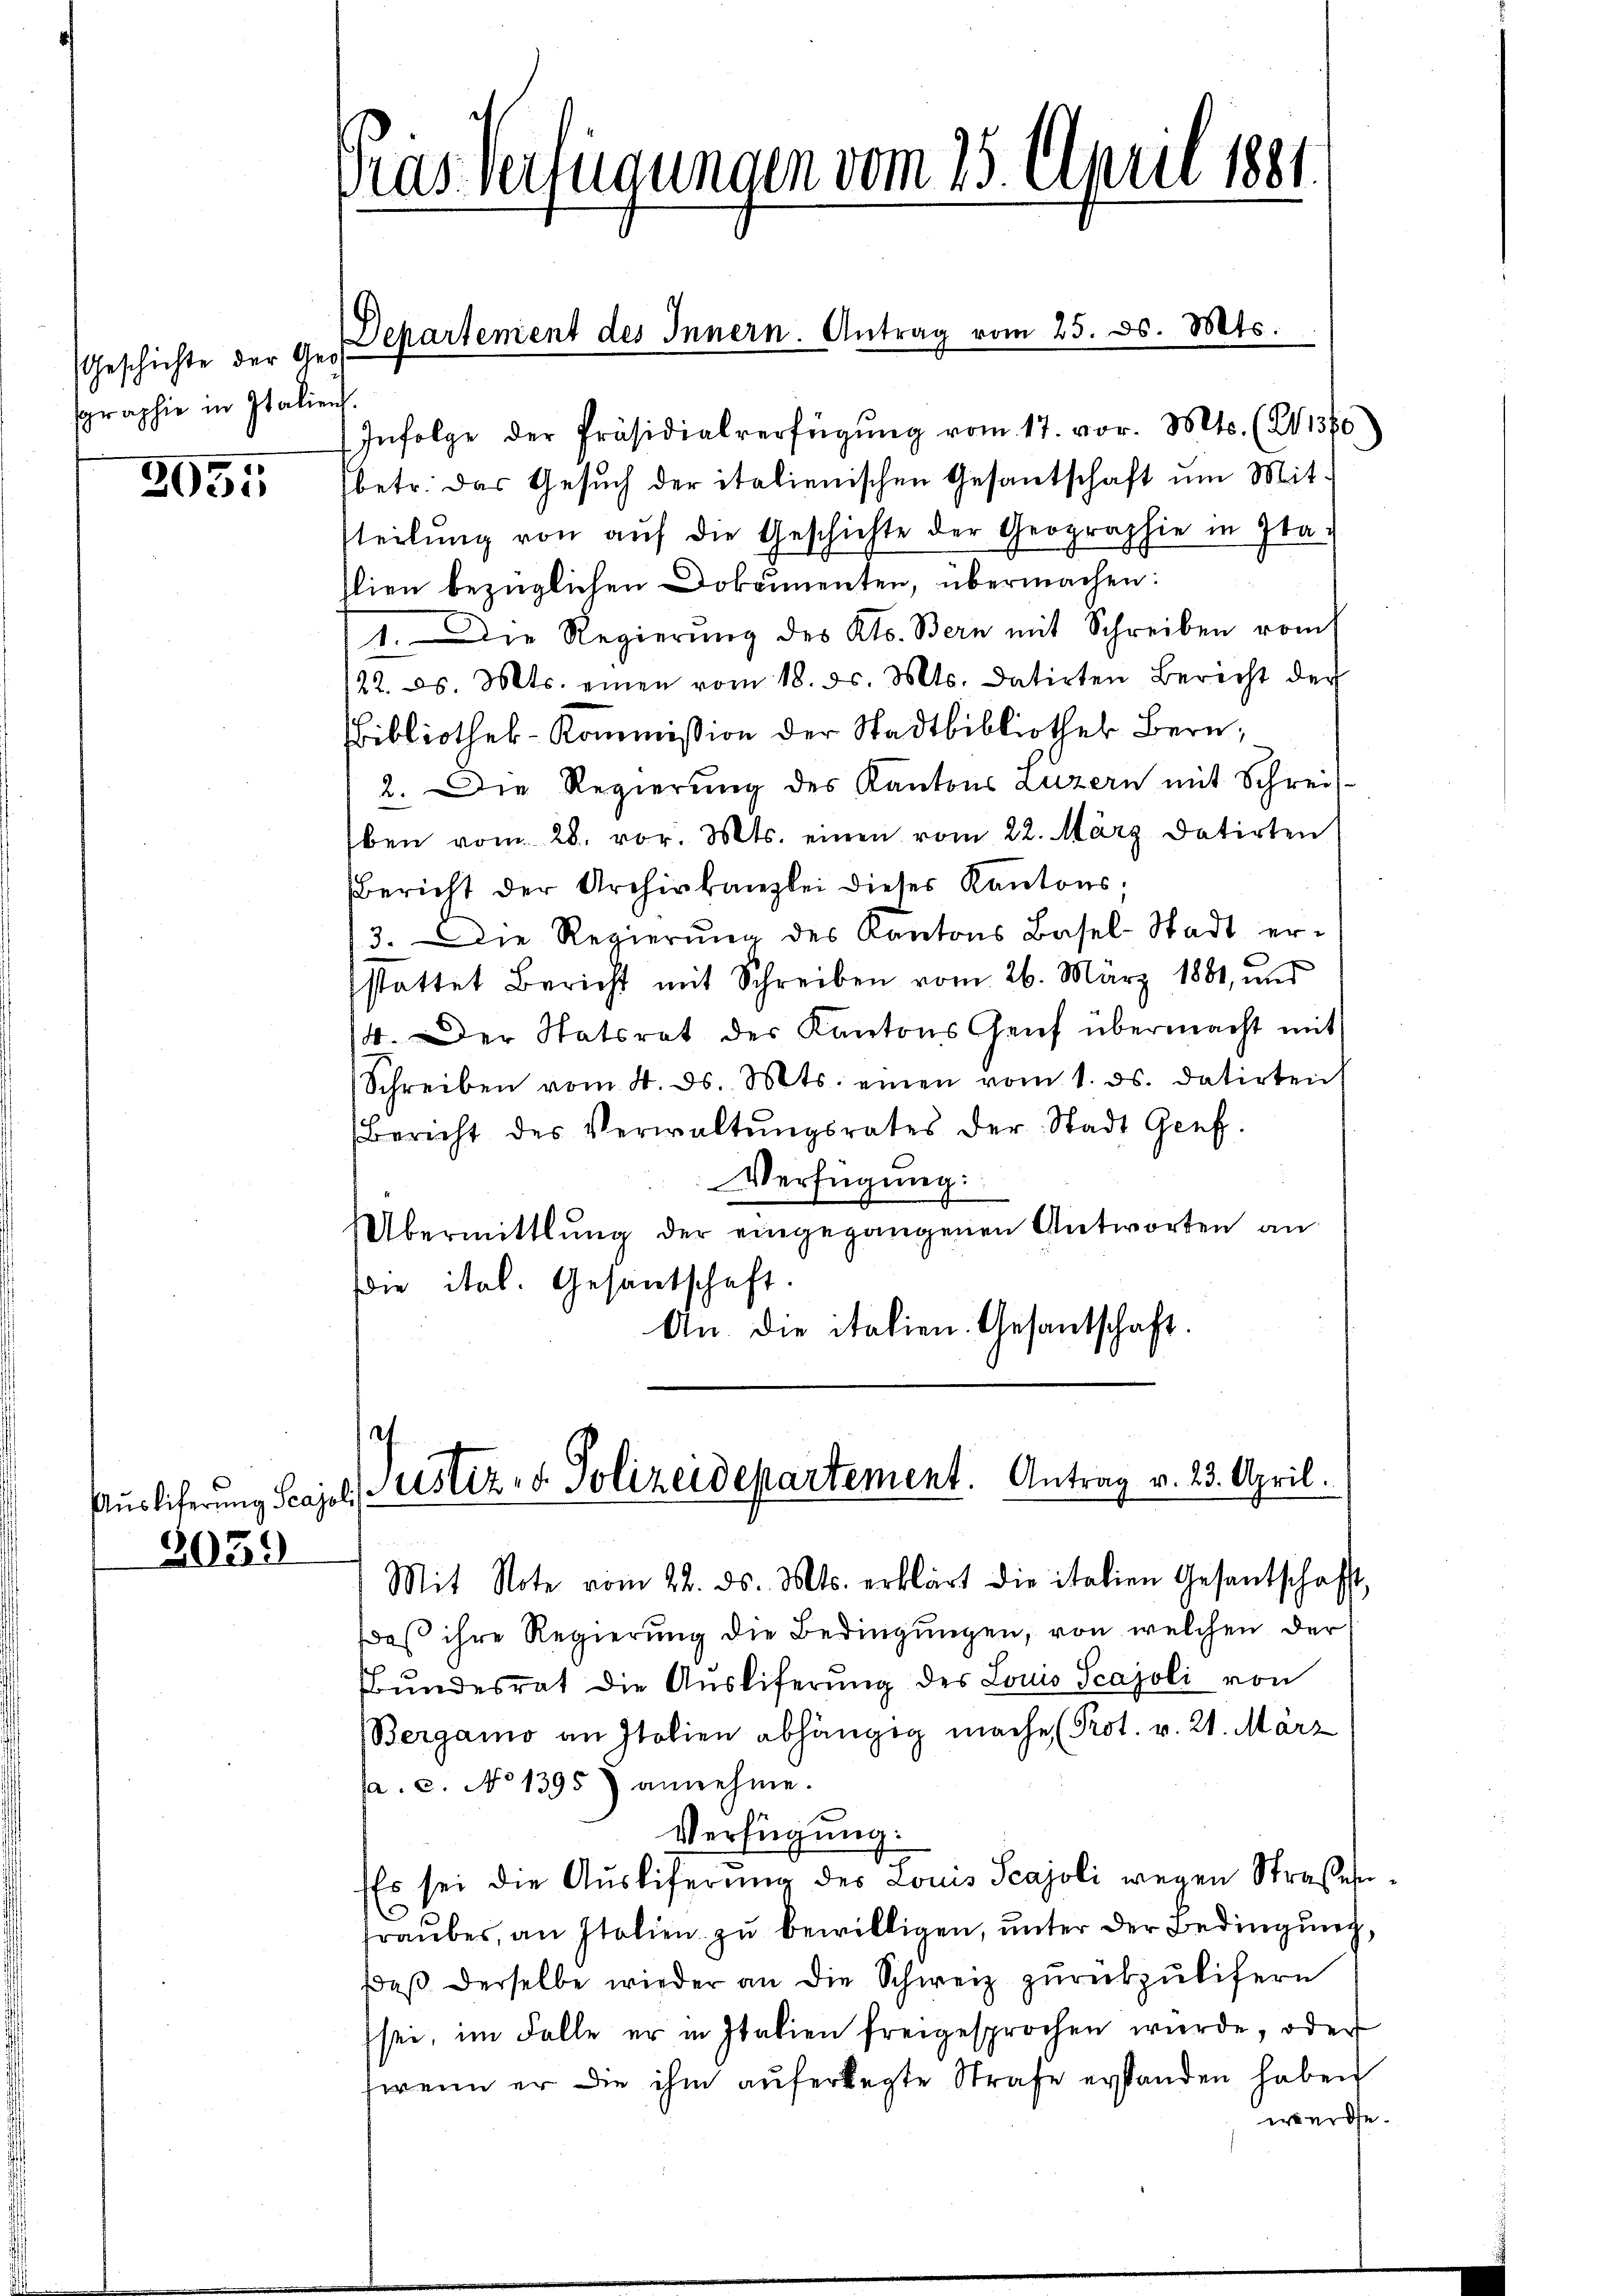
Geschichte der Geo
sgraphie in Italien

2955

2039

Das verfügungen vom 15. April 1881.

Departement des Innern. Antrag vom 25. ds. Mts.

Infolge der Präsidialverfügŭng vom 17. vor. Mts. (21360
betr. das Gesuch der italienischen Gesantschaft um Mittteilŭng von aŭf die Geschichte der Geographie in Ita
lien bezüglichen Dokumenten, übermachen:
1. Die Regierŭng des Kts. Bern mit Schreiben rom
122. ds. Mts. einen vom 18. d. Mts. datirten Bericht der
Bibliothek-Kommission der Stadtbibliothek Bern,
2. Die Regierung des Kantons Luzern mit Schrei-
ben vom 28. vor. Mts. einen vom 22. März datirten
Bericht der Archivkanzlei dieses Kantons;
13. Die Regierŭng des Kantons Basel-Stadt er-
sstattet Bericht mit Schreiben vom 26. März 1881, und
14. Der Statsrat der Kantons Genf übermacht mit
Schreiben vom 4. ds. Mts. einen vom 1. ds. datirten
Bericht des Verwaltŭngsrates der Stadt Genf.
Verfügung:
Übermittlung der eingegangenen Antworten an
die ital. Gesantschaft.
An die italien. Gesantschaft.

f
Auslieferung Scajol, Justiz- u. Polizeidepartement. Antrag v. 23. April.

Mit Note vom 22. ds. Mts. erklärt die italien Gesantschafft,
daß ihre Regierung die Bedingungen, von welchen der
Bŭndesrat die Aŭsliferŭng des Louis Scajoli von
Bergamo an Italien abhängig mache (Prot. v. 21. März
fa. c. No 1395) annehme.

Verfügung:
Es sei die Ausliferung des Louis Scajoli wegen Straßenfraubes, an Italien zu bewilligen, unter der Bedingung,
daβ derselbe wieder an die Schweiz zŭrückzŭlifern
sei, im Falle er in Italien freigesprochen wurde, oder
wenn er die ihm auferlegte Strafe erstanden haben
werde.